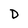
Character: D